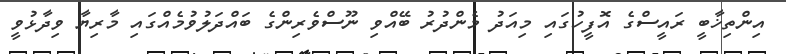
އިންތިޚާބީ ރައީސްގެ އޮފީހުގައި މިއަދު މެންދުރު ބޭއްވި ނޫސްވެރިންގެ ބައްދަލުވުމެއްގައި މާރިޔާ ވިދާޅުވީ